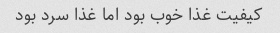
کیفیت غذا خوب بود اما غذا سرد بود